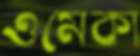
ওমেকা